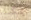
يمكننا